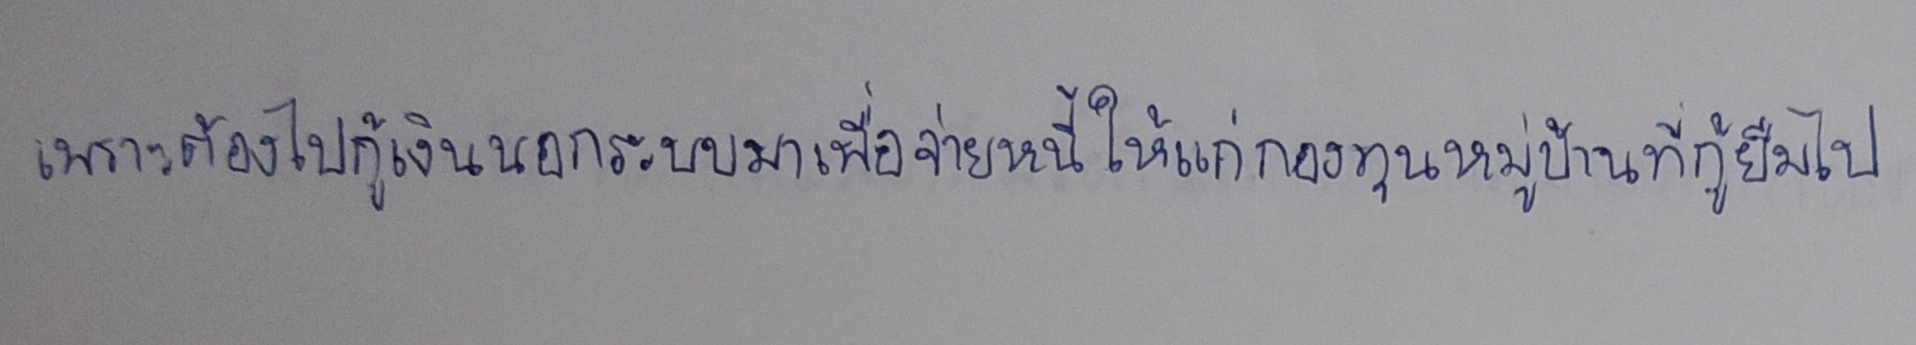
เพราะต้องไปกู้เงินนอกระบบมาเพื่อจ่ายหนี้ให้แก่กองทุนหมู่บ้านที่กู้ยืมไป